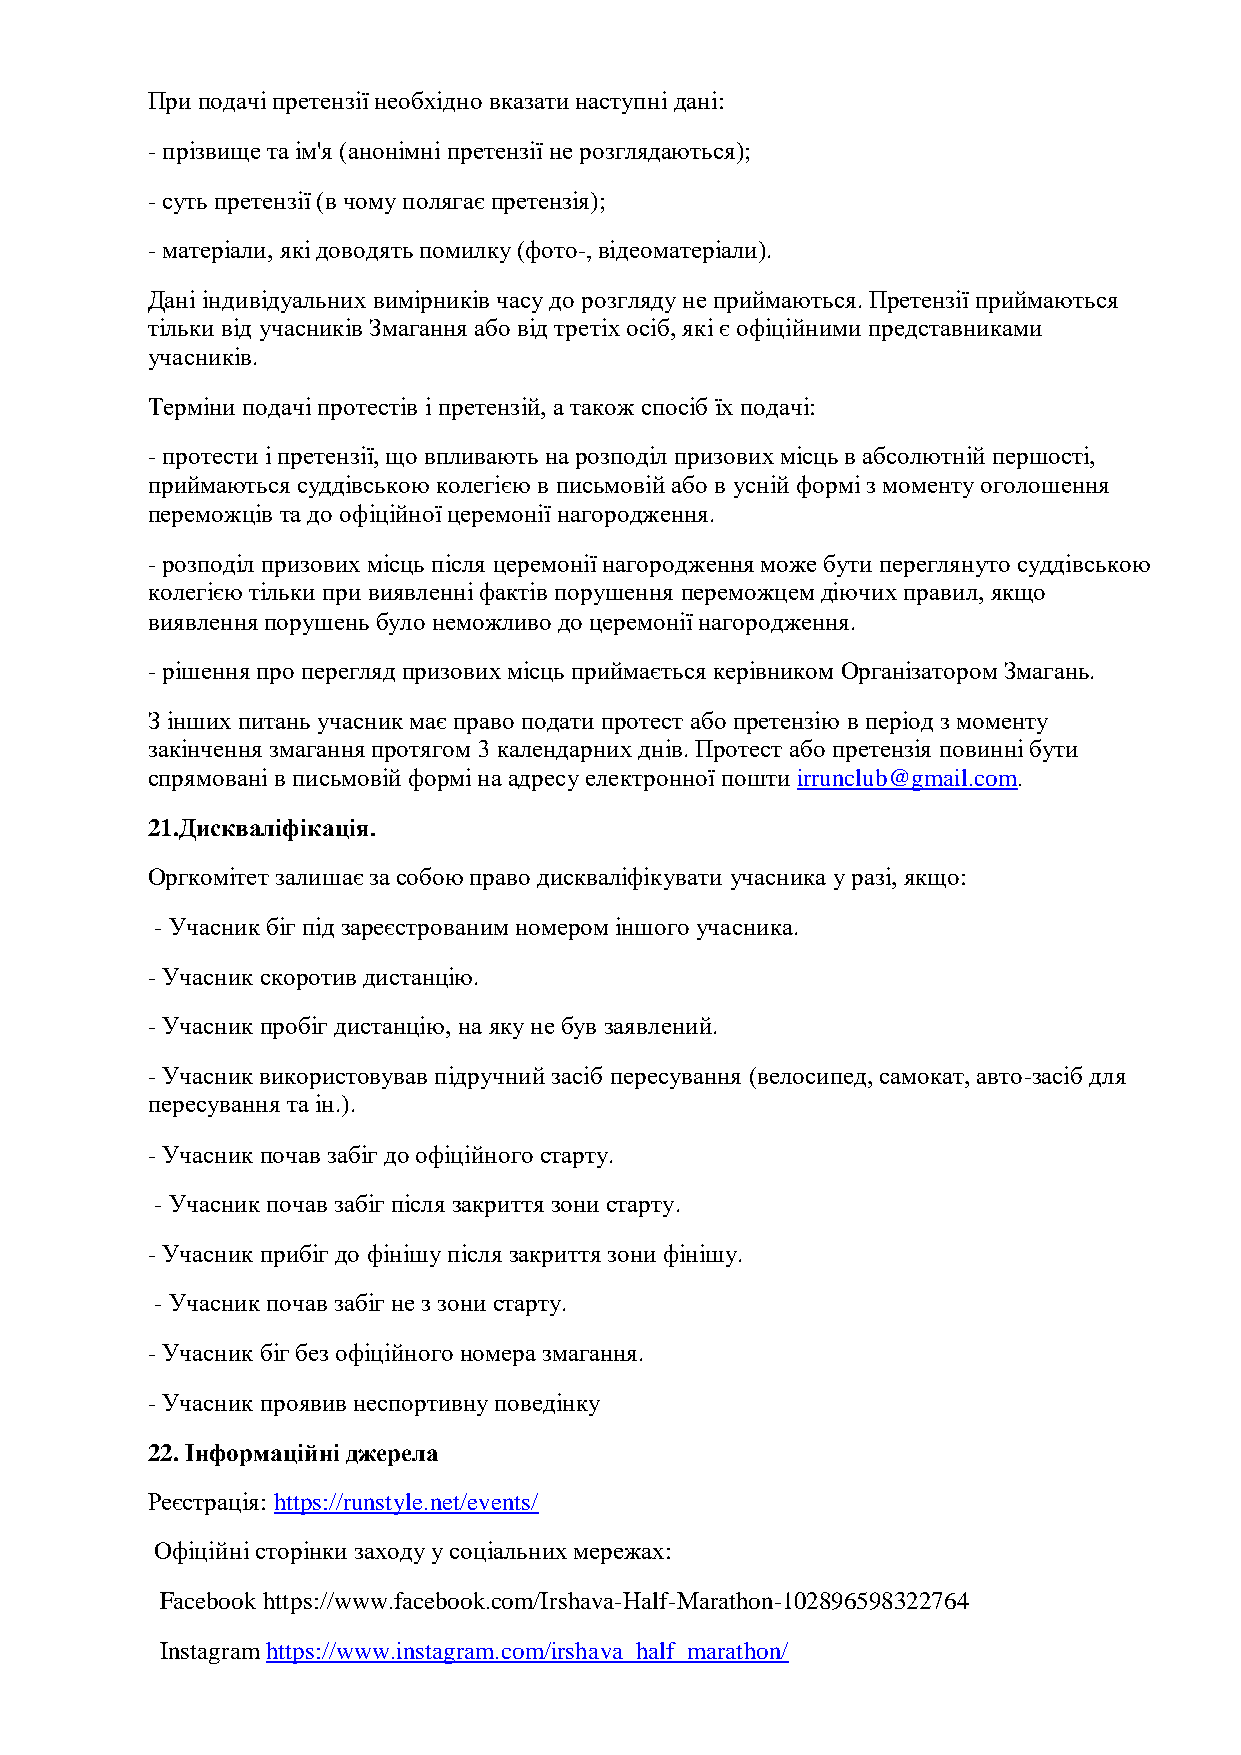
При подачі претензії необхідно вказати наступні дані:
 - прізвище та ім'я (анонімні претензії не розглядаються);
 - суть претензії (в чому полягає претензія);
 - матеріали, які доводять помилку (фото-, відеоматеріали).
 Дані індивідуальних вимірників часу до розгляду не приймаються. Претензії приймаються
 тільки від учасників Змагання або від третіх осіб, які є офіційними представниками
 учасників.
 Терміни подачі протестів і претензій, а також спосіб їх подачі:
 - протести і претензії, що впливають на розподіл призових місць в абсолютній першості,
 приймаються суддівською колегією в письмовій або в усній формі з моменту оголошення
 переможців та до офіційної церемонії нагородження.
 - розподіл призових місць після церемонії нагородження може бути переглянуто суддівською
 колегією тільки при виявленні фактів порушення переможцем діючих правил, якщо
 виявлення порушень було неможливо до церемонії нагородження.
 - рішення про перегляд призових місць приймається керівником Організатором Змагань.
 З інших питань учасник має право подати протест або претензію в період з моменту
 закінчення змагання протягом 3 календарних днів. Протест або претензія повинні бути
 спрямовані в письмовій формі на адресу електронної пошти irrunclub@gmail.com.
 21.Дискваліфікація.
 Оргкомітет залишає за собою право дискваліфікувати учасника у разі, якщо:
 - Учасник біг під зареєстрованим номером іншого учасника.
 - Учасник скоротив дистанцію.
 - Учасник пробіг дистанцію, на яку не був заявлений.
 - Учасник використовував підручний засіб пересування (велосипед, самокат, авто-засіб для
 пересування та ін.).
 - Учасник почав забіг до офіційного старту.
 - Учасник почав забіг після закриття зони старту.
 - Учасник прибіг до фінішу після закриття зони фінішу.
 - Учасник почав забіг не з зони старту.
 - Учасник біг без офіційного номера змагання.
 - Учасник проявив неспортивну поведінку
 22. Інформаційні джерела
 Реєстрація: https://runstyle.net/events/
 Офіційні сторінки заходу у соціальних мережах:
 Facebook https://www.facebook.com/Irshava-Half-Marathon-102896598322764
 Instagram https://www.instagram.com/irshava_half_marathon/